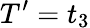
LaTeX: T^{\prime}=t_{3}